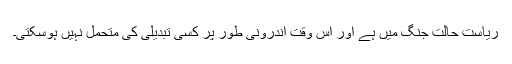
ریاست حالتِ جنگ میں ہے اور اِس وقت اندرونی طور پر کسی تبدیلی کی متحمل نہیں ہوسکتی۔